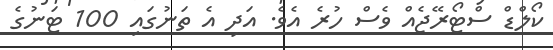
ކޯލްޑް ސްޓޯރޭޖެއް ވެސް ހުރެ އެވެ. އަދި އެ ތަނުގައި 100 ޓަނުގެ